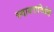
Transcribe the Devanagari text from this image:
स्वायत्तनियंत्री